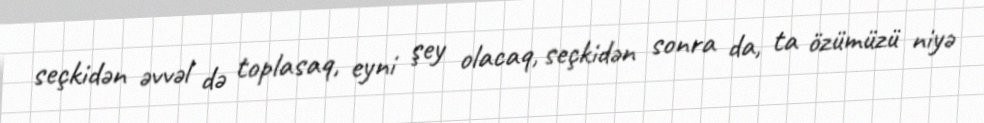
seçkidən əvvəl də toplasaq, eyni şey olacaq, seçkidən sonra da, ta özümüzü niyə